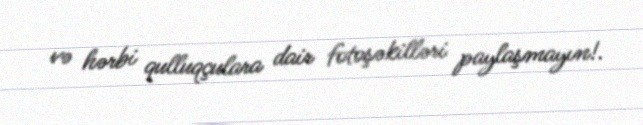
və hərbi qulluqçulara dair fotoşəkilləri paylaşmayın!.